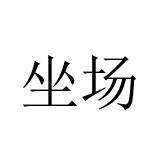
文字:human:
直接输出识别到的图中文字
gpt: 坐场